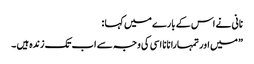
نانی نے اس کے بارے میں کہا :
” میں اور تمہارا نانا اسی کی وجہ سے اب تک زندہ ہیں ۔